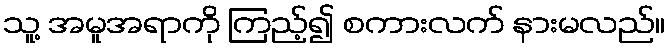
သူ့ အမူအရာကို ကြည့်၍ စကားလက် နားမလည်။